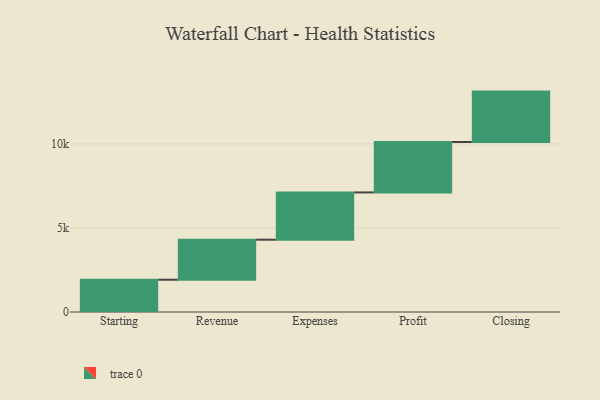
{"axis": {"x": "Step", "y": "Value"}, "legend": [""], "data": [{"x": "Starting", "y": 1921.0, "type": ""}, {"x": "Revenue", "y": 2382.0, "type": ""}, {"x": "Expenses", "y": 2814.0, "type": ""}, {"x": "Profit", "y": 3000, "type": ""}, {"x": "Closing", "y": 3000, "type": ""}]}